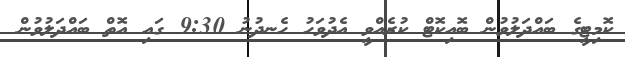
ކޮމިޓީގެ ބައްދަލުވުން ބޮއިކޮޓް ކުރެއްވީ އެދުވަހު ހެނދުނު 9:30 ގައި އޮތް ބައްދަލުވުން